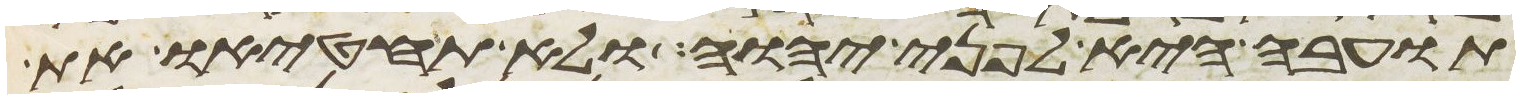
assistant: תועבה היא לפני יהוה ולא תחטיאו את